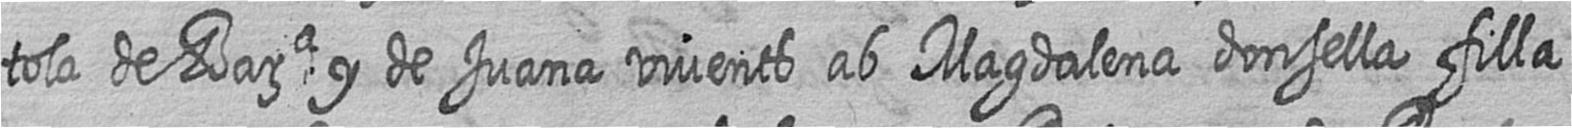
tola de Barca y de Juana vivent ab Magdalena donsella filla